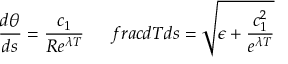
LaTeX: \frac { d \theta } { d s } = \frac { c _ { 1 } } { R e ^ { \lambda T } } \ \ \ \ \, f r a c { d T } { d s } = \sqrt { \epsilon + \frac { c _ { 1 } ^ { 2 } } { e ^ { \lambda T } } }